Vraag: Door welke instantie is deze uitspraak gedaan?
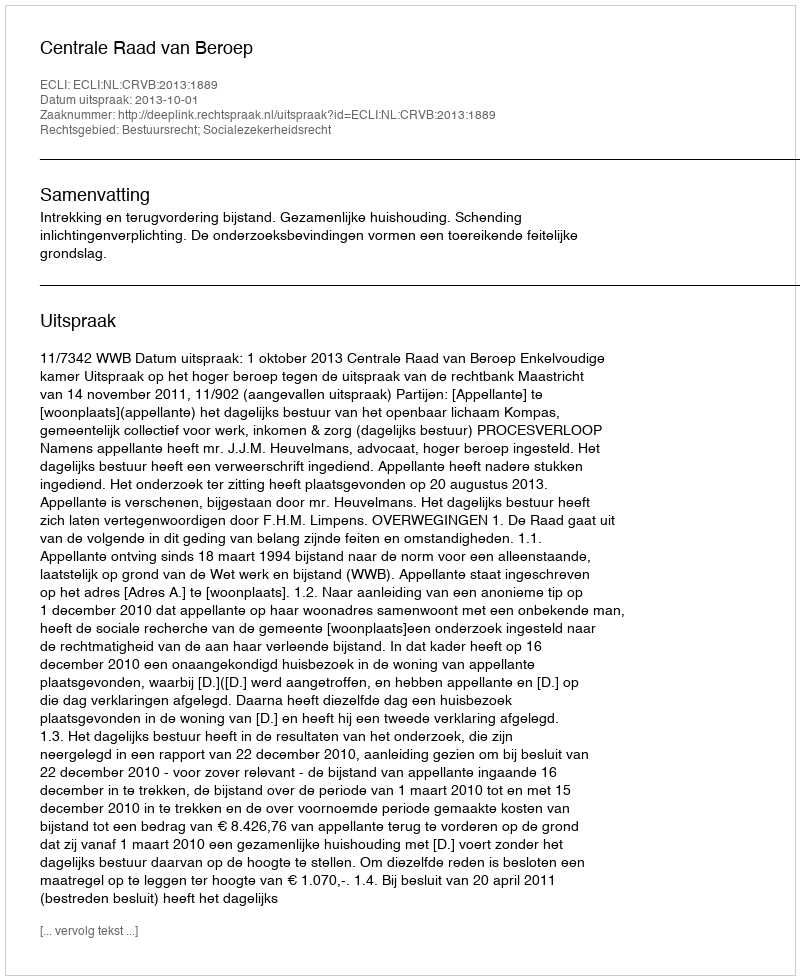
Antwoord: Centrale Raad van Beroep